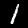
Digit: 1